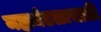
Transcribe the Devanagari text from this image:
महामंडळासाठी